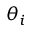
\theta _ { i }